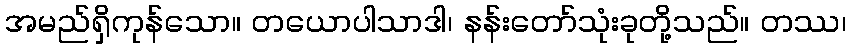
အမည်ရှိကုန်သော။ တယောပါသာဒါ၊ နန်းတော်သုံးခုတို့သည်။ တဿ၊